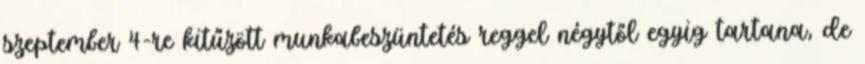
szeptember 4-re kitűzött munkabeszüntetés reggel négytől egyig tartana, de